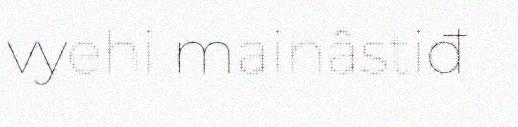
vyehi mainâstiđ